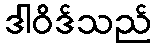
ဒါဝိဒ်သည်